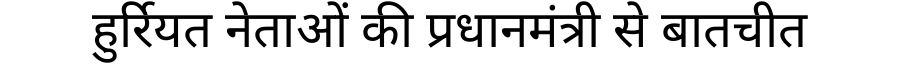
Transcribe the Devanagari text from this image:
हुर्रियत नेताओं की प्रधानमंत्री से बातचीत